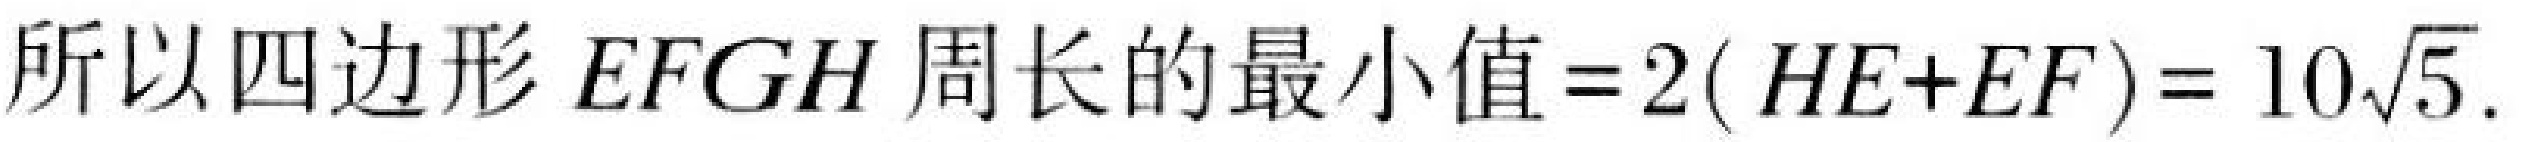
所以四边形 \(EFGH\) 周长的最小值\(=2(HE + EF)=10\sqrt{5}\).